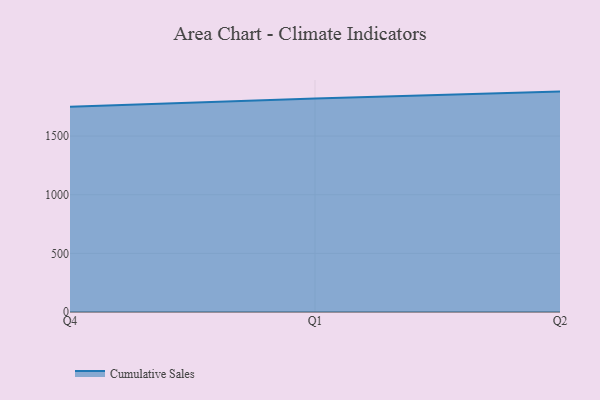
{"axis": {"x": "Quarter", "y": "Tickets Resolved"}, "legend": ["Cumulative Sales"], "data": [{"x": "Q4", "y": 1749.7, "type": "Cumulative Sales"}, {"x": "Q1", "y": 1819.9, "type": "Cumulative Sales"}, {"x": "Q2", "y": 1879.2, "type": "Cumulative Sales"}]}